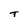
Character: T